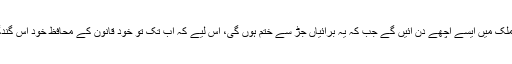
آخر کب ہمارے ملک میں ایسے اچھے دن آئیں گے جب کہ یہ برائیاں جڑ سے ختم ہوں گی، اس لیے کہ اب تک تو خود قانون کے محافظ خود اس گندگی میں مبتلا ہیں۔